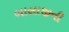
બાલાજીની